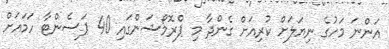
އަންނަ މަހުގެ ނިޔަލަށް ކުރިއަށް ގެންދާ މި ޕްރޮމޯޝަންގައި 40 ޕަސެންޓާ ހަމައަށް